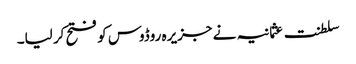
سلطنت عثمانیہ نے جزیرہ روڈوس کو فتح کر لیا۔